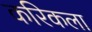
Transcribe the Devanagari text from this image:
करिकला